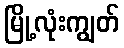
မြို့လုံးကျွတ်